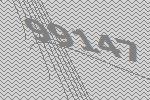
99147